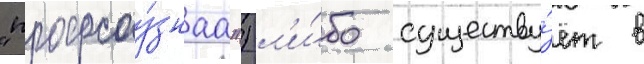
"профсоу́знаа") л'и́бо существу́ет в